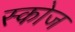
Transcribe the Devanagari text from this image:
स्कोज